Report of the Indian Hemp Drugs Commission, 1894-1895 - Volume VI
Year: 1894
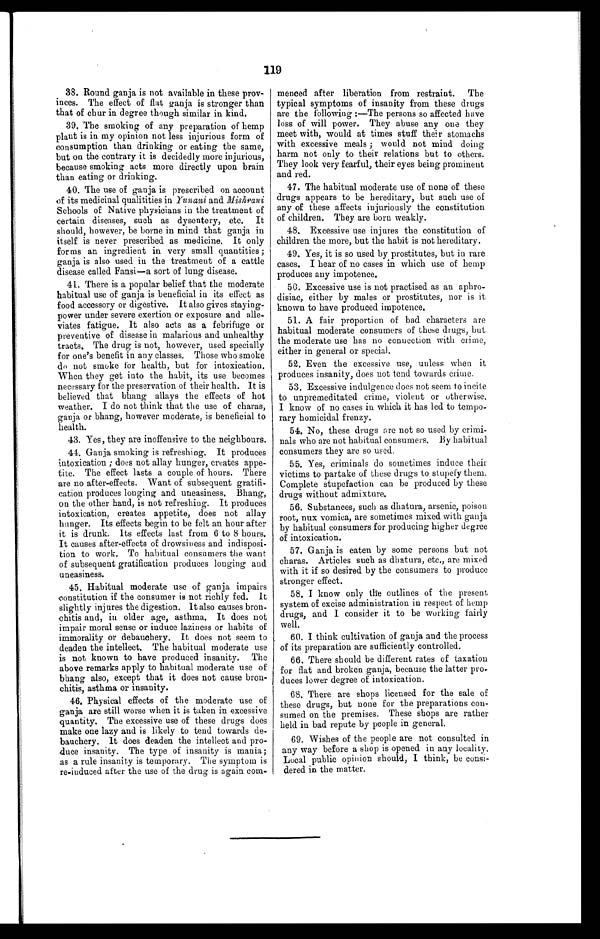
119
38. Round ganja is not available in these prov
- i n c e s . T h e e f f e c t o f f l a t g a n j a i ss
t r o n g e r t h a n
that of chur in degree though similar in kind.
39. The smoking of any preparation of hemp
plant is in my opinion not less injurious form of
consumption than drinking or eating the same,
but on the contrary it is decidedly more injurious,
because smoking acts more directly upon brain
than eating or drinking.
40. The use of ganja is prescribed on account
of its medicinal qualitities in Yunani and Mishrani
Schools of Native physicians in the treatment of
certain diseases, such as dysentery, etc. It
should, however, be borne in mind that ganja in
itself is never prescribed as medicine. It only
forms an ingredient in very small quantities;
ganja is also used in the treatment of a cattle
disease called Fansi—a sort of lung disease.
41. There is a popular belief that the moderate
habitual use of ganja is beneficial in its effect as
food accessory or digestive. It also gives staying-
power under severe exertion or exposure and alle
- v i a t e s f a t i g u e . I t a l s o a c t s a s a f e b r i f u g e o r
preventive of disease in malarious and unhealthy
tracts. The drug is not, however, used specially
for one's benefit in any classes. Those who smoke
do not smoke for health, but for intoxication.
When they get into the habit, its use becomes
necessary for the preservation of their health. It is
believed that bhang allays the effects of hot
weather. I do not think that the use of charas,
ganja or bhang, however moderate, is beneficial to
health.
43. Yes, they are inoffensive to the neighbours.
44. Ganja smoking is refreshing. It produces
intoxication; does not allay hunger, creates appe
- t i t e . T h e e f f e c t l a s t s a c o u p l e o f h o u r s . T h e r e
are no after-effects. Want of subsequent gratifi
- c a t i o n p r o d u c e s l o n g i n g a n d u n e a s i n e s s . B h a n g ,
on the other hand, is not refreshing. It produces
intoxication, creates appetite, does not allay
hunger. Its effects begin to be felt an hour after
it is drunk. Its effects last from 6 to 8 hours.
It causes after-effects of drowsiness and indisposi
- t i o n t o w o r k . T o h a b i t u a l c o n s u m e r s t h e w a n t
of subsequent gratification produces longing and
uneasiness.
45. Habitual moderate use of ganja impairs
constitution if the consumer is not richly fed. It
slightly injures the digestion. It also causes bron
- c h i t i s a n d , i n o l d e r a g e , a s t h m a . I t d o e s n o t
impair moral sense or induce laziness or habits of
immorality or debauchery. It does not seem to
deaden the intellect. The habitual moderate use
is not known to have produced insanity. The
above remarks apply to habitual moderate use of
bhang also, except that it does not cause bron
-chitis, asthma or insanity.
46. Physical effects of the moderate use of
ganja are still worse when it is taken in excessive
quantity. The excessive use of these drugs does
make one lazy and is likely to tend towards de
-bauchery. It does deaden the intellect and pro
- d u c e i n s a n i t y . T h e t y p e o f i n s a n i t y i s m a n i a ;
as a rule insanity is temporary. The symptom is
re-induced after the use of the drug is again com-
menced after liberation from restraint. The
typical symptoms of insanity from these drugs
are the following:—The persons so affected have
loss of will power. They abuse any one they
meet with, would at times stuff their stomachs
with excessive meals; would not mind doing
harm not only to their relations but to others.
They look very fearful, their eyes being prominent
and red.
47. The habitual moderate use of none of these
drugs appears to be hereditary, but such use of
any of these affects injuriously the constitution
of children. They are born weakly.
48. Excessive use injures the constitution of
children the more, but the habit is not hereditary.
49. Yes, it is so used by prostitutes, but in rare
cases. I hear of no cases in which use of hemp
produces any impotence.
50. Excessive use is not practised as an aphro
- d i s i a c , e i t h e r b y m a l e s o r p r o s t i t u t e s , n o r i s i t
known to have produced impotence.
51. A fair proportion of bad characters are
habitual moderate consumers of these drugs, but
the moderate use has no connection with crime,
either in general or special.
52. Even the excessive use, unless when it
produces insanity, does not tend towards crime.
53. Excessive indulgence does not seem to incite
to unpremeditated crime, violent or otherwise.
I know of no cases in which it has led to tempo
- r a r y h o m i c i d a l f r e n z y .
54. No, these drugs ore not so used by crimi
- n a l s w h o a r e n o t h a b i t u a l c o n s u m e r s . B y h a b i t u a l
consumers they are so used.
55. Yes, criminals do sometimes induce their
victims to partake of these drugs to stupefy them.
Complete stupefaction can be produced by these
drugs without admixture.
56. Substances, such as dhatura, arsenic, poison
root, nux vomica, are sometimes mixed with ganja
by habitual consumers for producing higher degree
of intoxication.
57. Ganja is eaten by some persons but not
charas. Articles such as dhatura, etc., are mixed
with it if so desired by the consumers to produce
stronger effect.
58. I know only the outlines of the present
system of excise administration in respect of hemp
drugs, and I consider it to be working fairly
well.
60. I think cultivation of ganja and the process
of its preparation are sufficiently controlled.
66. There should be different rates of taxation
for flat and broken ganja, because the latter pro
- d u c e s l o w e r d e g r e e o f i n t o x i c a t i o n .
68. There are shops licensed for the sale of
these drugs, but none for the preparations con
- s u m e d o n t h e p r e m i s e s . T h e s e s h o p s a r e r a t h e r
held in bad repute by people in general.
69. Wishes of the people are not consulted in
any way before a shop is opened in any locality.
Local public opinion should, I think, be consi
-dered in the matter.